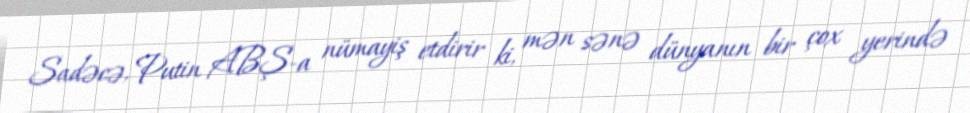
Sadəcə, Putin ABŞ-a nümayiş etdirir ki, mən sənə dünyanın bir çox yerində